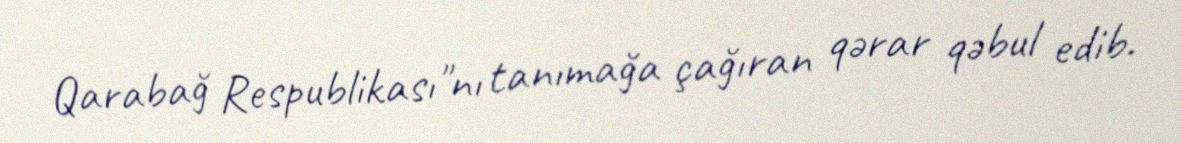
Qarabağ Respublikası"nı tanımağa çağıran qərar qəbul edib.